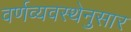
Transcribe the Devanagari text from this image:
वर्णव्यवस्थेनुसार